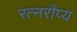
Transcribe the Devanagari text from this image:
रत्नरौप्य